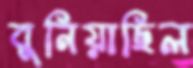
বুনিয়াছিল